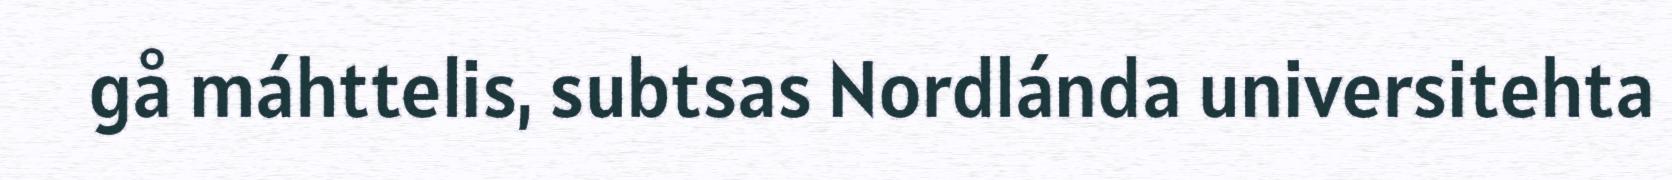
gå máhttelis, subtsas Nordlánda universitehta